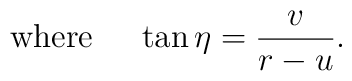
{\rm where}\ \ \ \  \tan\eta={v\over{r-u}}.